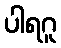
ပါရဂူ